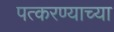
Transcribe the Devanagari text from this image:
पत्करण्याच्या